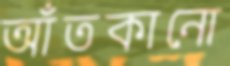
আঁতকানো